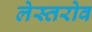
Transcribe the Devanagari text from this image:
लेस्तरोव